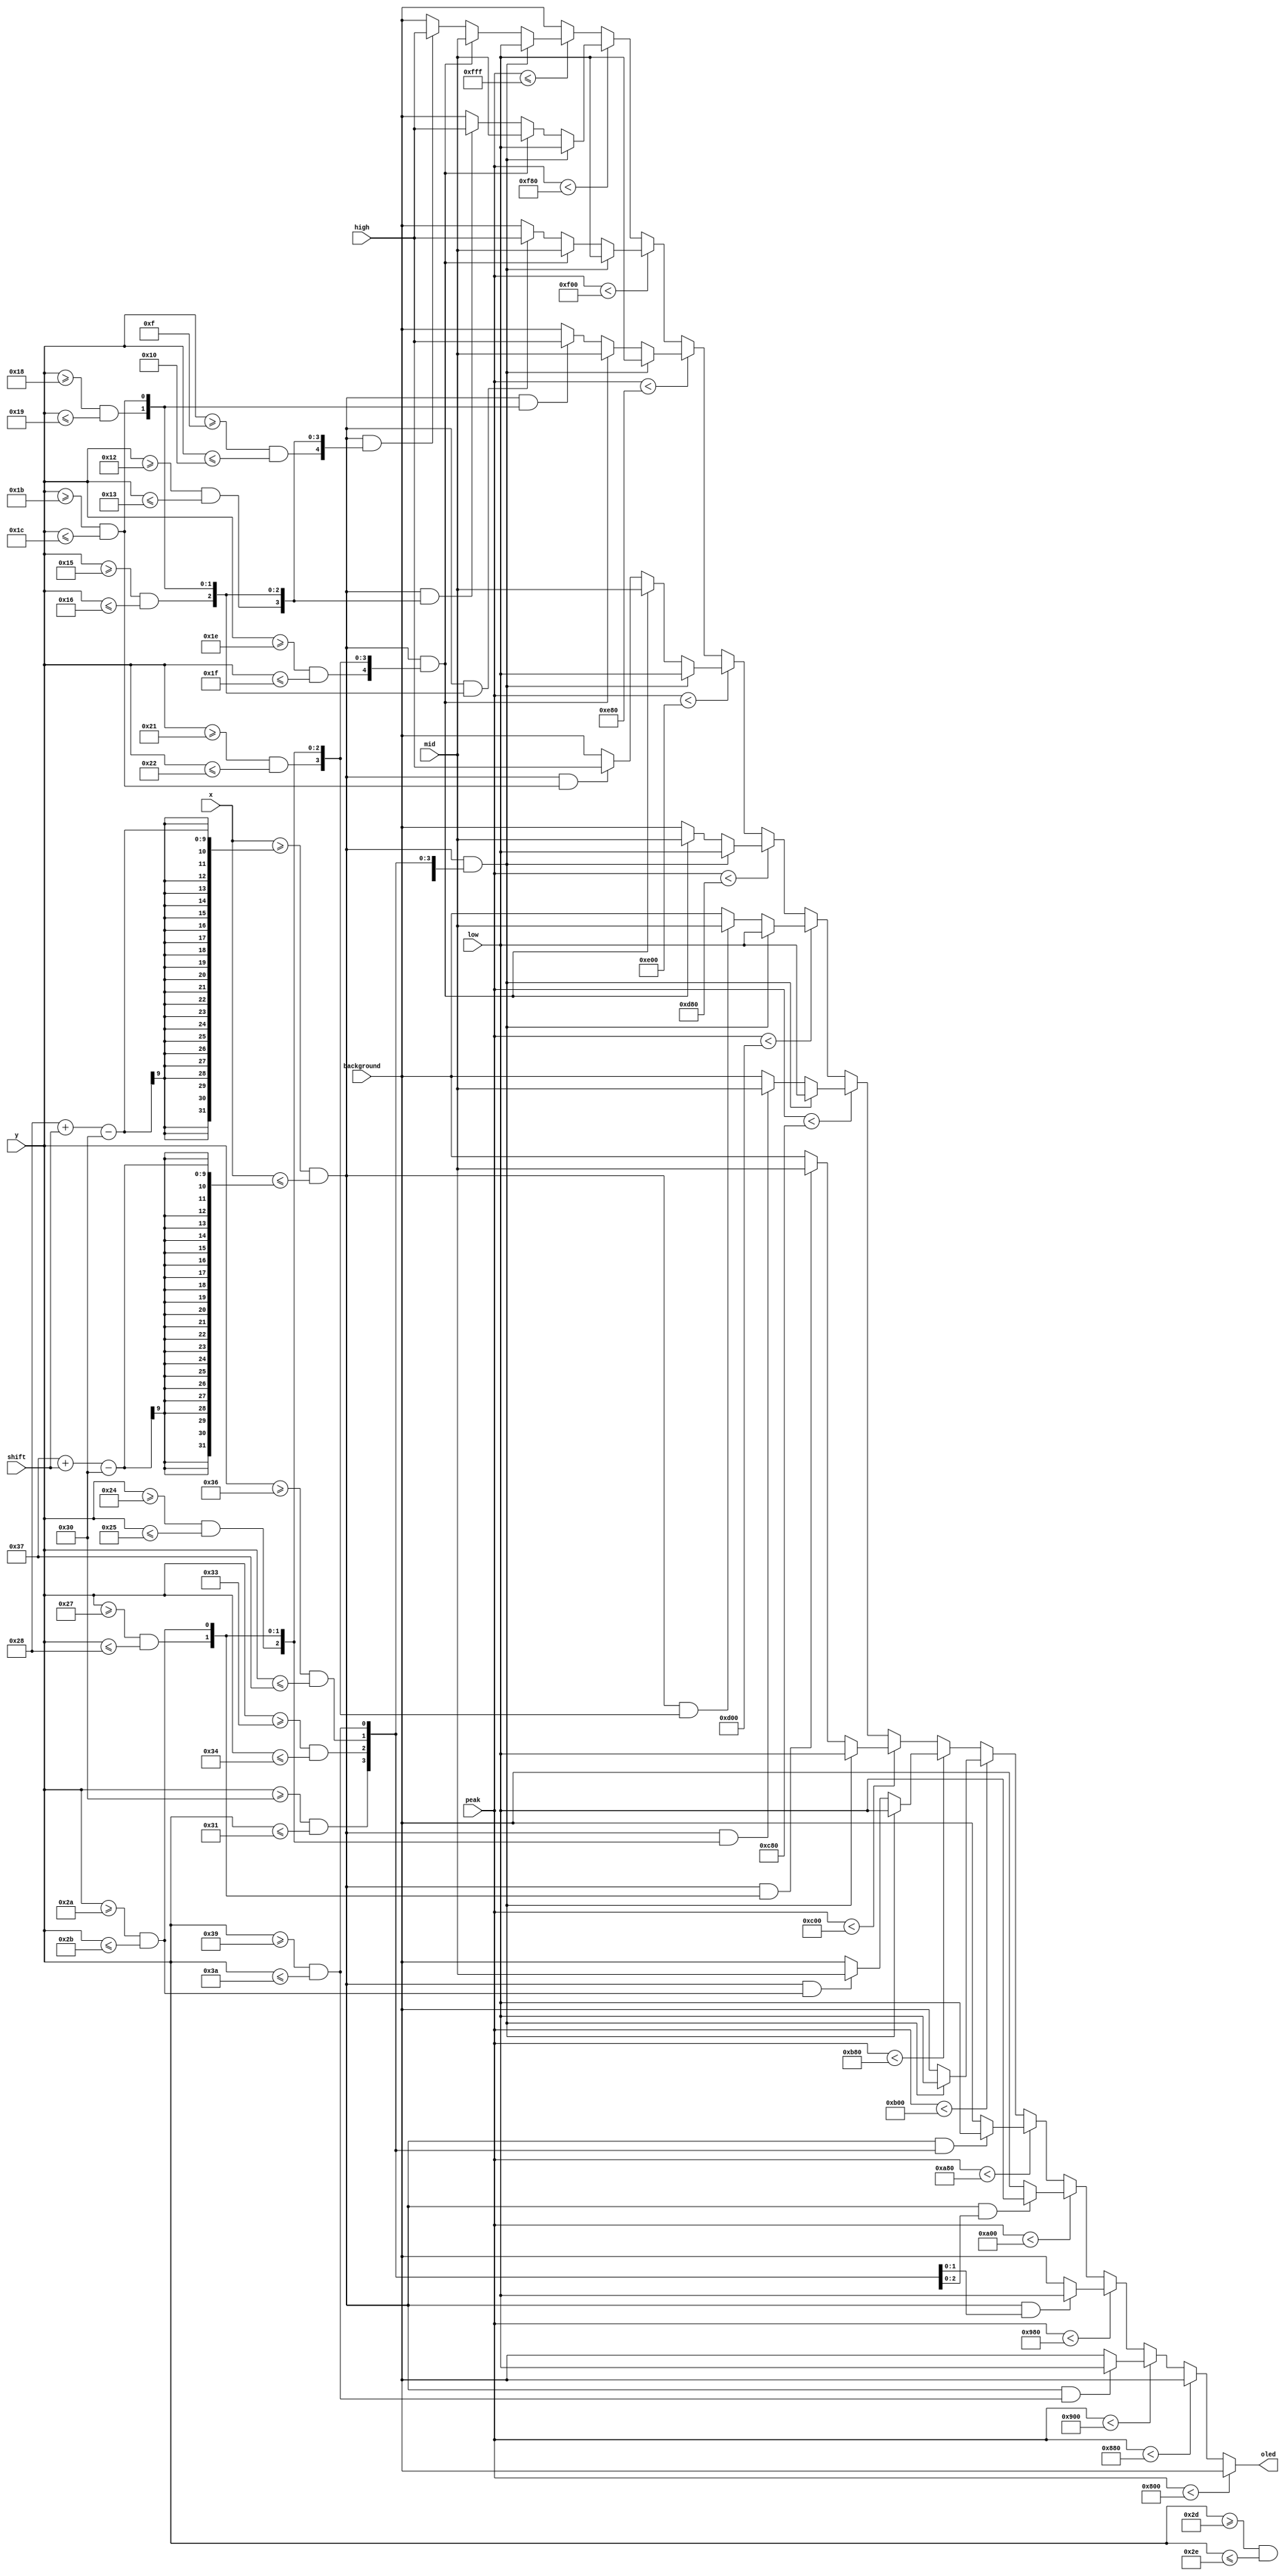
`timescale 1ns / 1ps
//////////////////////////////////////////////////////////////////////////////////
// Company: 
// Engineer: 
// 
// Design Name: 
// Module Name: oled_volume
// Project Name: 
// Target Devices: 
// Tool Versions: 
// Description: 
// 
// Dependencies: 
// 
// Revision:
// Revision 0.01 - File Created
// Additional Comments:
// 
//////////////////////////////////////////////////////////////////////////////////


module oled_volume(
    input [11:0] peak,
    input [6:0] x,
    input [5:0] y,
    input [7:0] shift,
    input [15:0] background,
    input [15:0] low,
    input [15:0] mid,
    input [15:0] high,
    output reg [15:0] oled
    );
    
    wire x_bar;
    wire [15:0] y_bar;
    
    assign x_bar = (x >= (40 + shift - 48) && x <= (55 + shift - 48));
    
    assign y_bar[0] = 0;
    assign y_bar[1] = (y >= 57 && y <= 58);
    assign y_bar[2] = (y >= 54 && y <= 55);
    assign y_bar[3] = (y >= 51 && y <= 52);
    assign y_bar[4] = (y >= 48 && y <= 49);
    assign y_bar[5] = (y >= 45 && y <= 46);
    assign y_bar[6] = (y >= 42 && y <= 43);
    assign y_bar[7] = (y >= 39 && y <= 40);
    assign y_bar[8] = (y >= 36 && y <= 37);
    assign y_bar[9] = (y >= 33 && y <= 34);
    assign y_bar[10] = (y >= 30 && y <= 31);
    assign y_bar[11] = (y >= 27 && y <= 28);
    assign y_bar[12] = (y >= 24 && y <= 25);
    assign y_bar[13] = (y >= 21 && y <= 22);
    assign y_bar[14] = (y >= 18 && y <= 19);
    assign y_bar[15] = (y >= 15 && y <= 16);
    
    always @ (*)
    begin
        if (peak < 2048)
            begin
                oled <= background;
            end
        else if (peak < 2176)
            begin
                if (x_bar && y_bar[0])
                    oled <= low;
                else
                    oled <= background;
            end
        else if (peak < 2304)
            begin
                if (x_bar && y_bar[1])
                    oled <= low;
                else
                    oled <= background;
            end
        else if (peak < 2432)
            begin
                if (x_bar && y_bar[2:1])
                    oled <= low;
                else
                    oled <= background;
            end
        else if (peak < 2560)
            begin
                if (x_bar && y_bar[3:1])
                    oled <= low;
                else
                    oled <= background;
            end
        else if (peak < 2688)
            begin
                if (x_bar && y_bar[4:1])
                    oled <= low;
                else
                    oled <= background;
            end
        else if (peak < 2816)
            begin
                if (x_bar && y_bar[5:1])
                    oled <= low;
                else
                    oled <= background;
            end
        else if (peak < 2944)
            begin
                if (x_bar && y_bar[5:1])
                    oled <= low;
                else if (x_bar && y_bar[6])
                    oled <= mid;
                else
                    oled <= background;
            end
        else if (peak < 3072)
            begin
                if (x_bar && y_bar[5:1])
                    oled <= low;
                else if (x_bar && y_bar[7:6])
                    oled <= mid;
                else
                    oled <= background;
            end
        else if (peak < 3200)
            begin
                if (x_bar && y_bar[5:1])
                    oled <= low;
                else if (x_bar && y_bar[8:6])
                    oled <= mid;
                else
                    oled <= background;
            end
        else if (peak < 3328)
            begin
                if (x_bar && y_bar[5:1])
                    oled <= low;
                else if (x_bar && y_bar[9:6])
                    oled <= mid;
                else
                    oled <= background;
            end
        else if (peak < 3456)
            begin
                if (x_bar && y_bar[5:1])
                    oled <= low;
                else if (x_bar && y_bar[10:6])
                    oled <= mid;
                else
                    oled <= background;
            end
        else if (peak < 3584)
            begin
                if (x_bar && y_bar[5:1])
                    oled <= low;
                else if (x_bar && y_bar[10:6])
                    oled <= mid;
                else if (x_bar && y_bar[11])
                    oled <= high;
                else
                    oled <= background;
            end
        else if (peak < 3712)
            begin
                if (x_bar && y_bar[5:1])
                    oled <= low;
                else if (x_bar && y_bar[10:6])
                    oled <= mid;
                else if (x_bar && y_bar[12:11])
                    oled <= high;
                else
                    oled <= background;
            end
        else if (peak < 3840)
            begin
                if (x_bar && y_bar[5:1])
                    oled <= low;
                else if (x_bar && y_bar[10:6])
                    oled <= mid;
                else if (x_bar && y_bar[13:11])
                    oled <= high;
                else
                    oled <= background;
            end
        else if (peak < 3968)
            begin
                if (x_bar && y_bar[5:1])
                    oled <= low;
                else if (x_bar && y_bar[10:6])
                    oled <= mid;
                else if (x_bar && y_bar[14:11])
                    oled <= high;
                else
                    oled <= background;
            end
        else if (peak <= 4095)
            begin
                if (x_bar && y_bar[5:1])
                    oled <= low;
                else if (x_bar && y_bar[10:6])
                    oled <= mid;
                else if (x_bar && y_bar[15:11])
                    oled <= high;
                else
                    oled <= background;
            end
        else
            oled <= background;
    end

endmodule